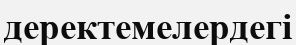
деректемелердегі